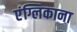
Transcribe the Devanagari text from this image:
एंग्लिकाना